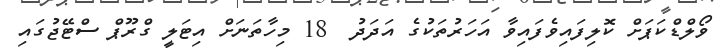
ވޯލްޑްކަޕަށް ކޮލިފައިވެފައިވާ އަހަރުތަކުގެ އަދަދު  18 މިހާތަނަށް އިޓަލީ ގްރޫޕް ސްޓޭޖުގައި